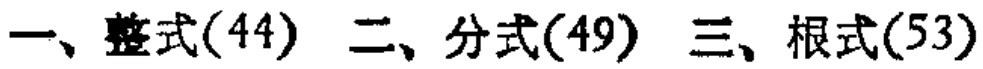
一、整式(44) 二、分式(49) 三、根式(53)